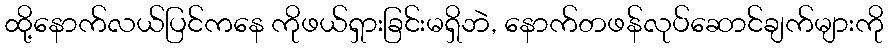
ထို့နောက်လယ်ပြင်ကနေ ကိုဖယ်ရှားခြင်းမရှိဘဲ, နောက်တဖန်လုပ်ဆောင်ချက်များကို